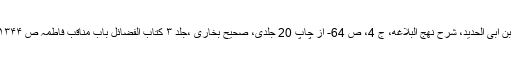
ا بن ابى الحديد، شرح نهج البلاغه، ج 4، ص 64- از چاپ 20 جلدى، صحیح بخاری ،جلد ۳ کتاب الفضائل باب مناقب فاطمہ ص ۱۳۴۴۔